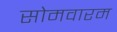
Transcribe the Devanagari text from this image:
सोमवारम